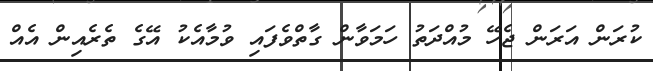
ކުރަން އަރަން ޖެހޭ މުއްދަތު ހަމަވާން ގާތްވެފައި ވުމާއެކު އޭގެ ތެރެއިން އެއް